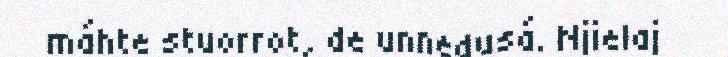
máhte stuorrot, de unnedusá. Njielaj